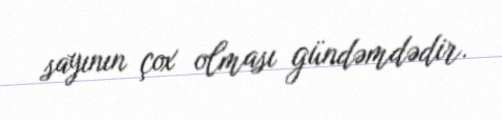
sayının çox olması gündəmdədir.